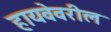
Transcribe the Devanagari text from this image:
हायवेवरील